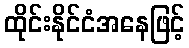
ထိုင်းနိုင်ငံအနေဖြင့်